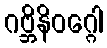
ဂဗ္ဘိနိဝဂ္ဂေါ